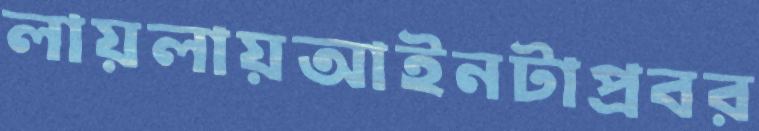
লায়লায়আইনটাপ্রবর